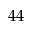
4 4